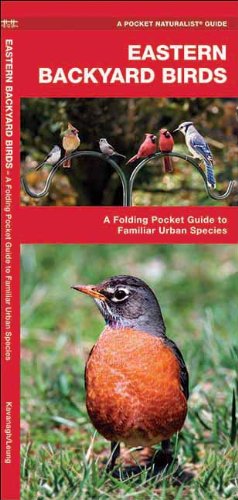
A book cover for Eastern Backyard Birds: A Folding Pocket Guide to Familiar Urban Species (Pocket Naturalist Guide Series); James Kavanagh; Travel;